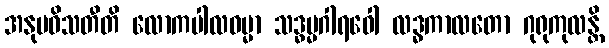
အနုပဝိသတီတိ လောကပါလဓမ္မာ သဒ္ဓမ္မဂါရဝေါ လဒ္ဓကာလတော ဂုရုကုလန္တိ